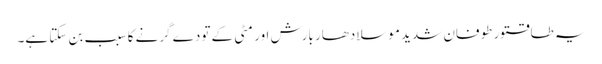
یہ طاقتور طوفان شدید موسلادھار بارش اور مٹی کے تودے گرنے کا سبب بن سکتا ہے۔